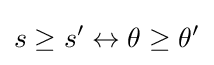
s\geq s'\leftrightarrow \theta \geq \theta '